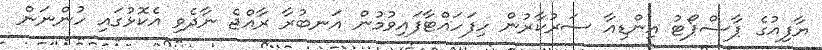
ޔާފިއުގެ ޕާސްޕޯޓު އިންޑިއާ ސަރުކާރުން ހިފަހައްޓާފައިވުމުން އަނބުރާ ރާއްޖެ ނާދެވި އެކޮޅުގައި ހުންނަން